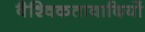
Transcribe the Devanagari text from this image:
वैश्विकतावादियों